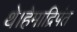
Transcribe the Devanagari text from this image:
थे।हेमाद्रिपंत